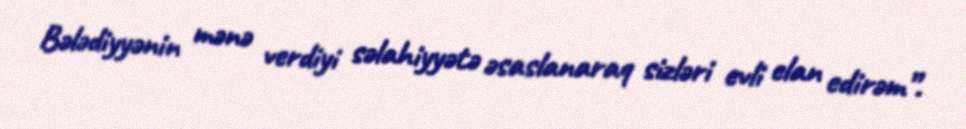
Bələdiyyənin mənə verdiyi səlahiyyətə əsaslanaraq sizləri evli elan edirəm”.